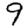
Digit: 9